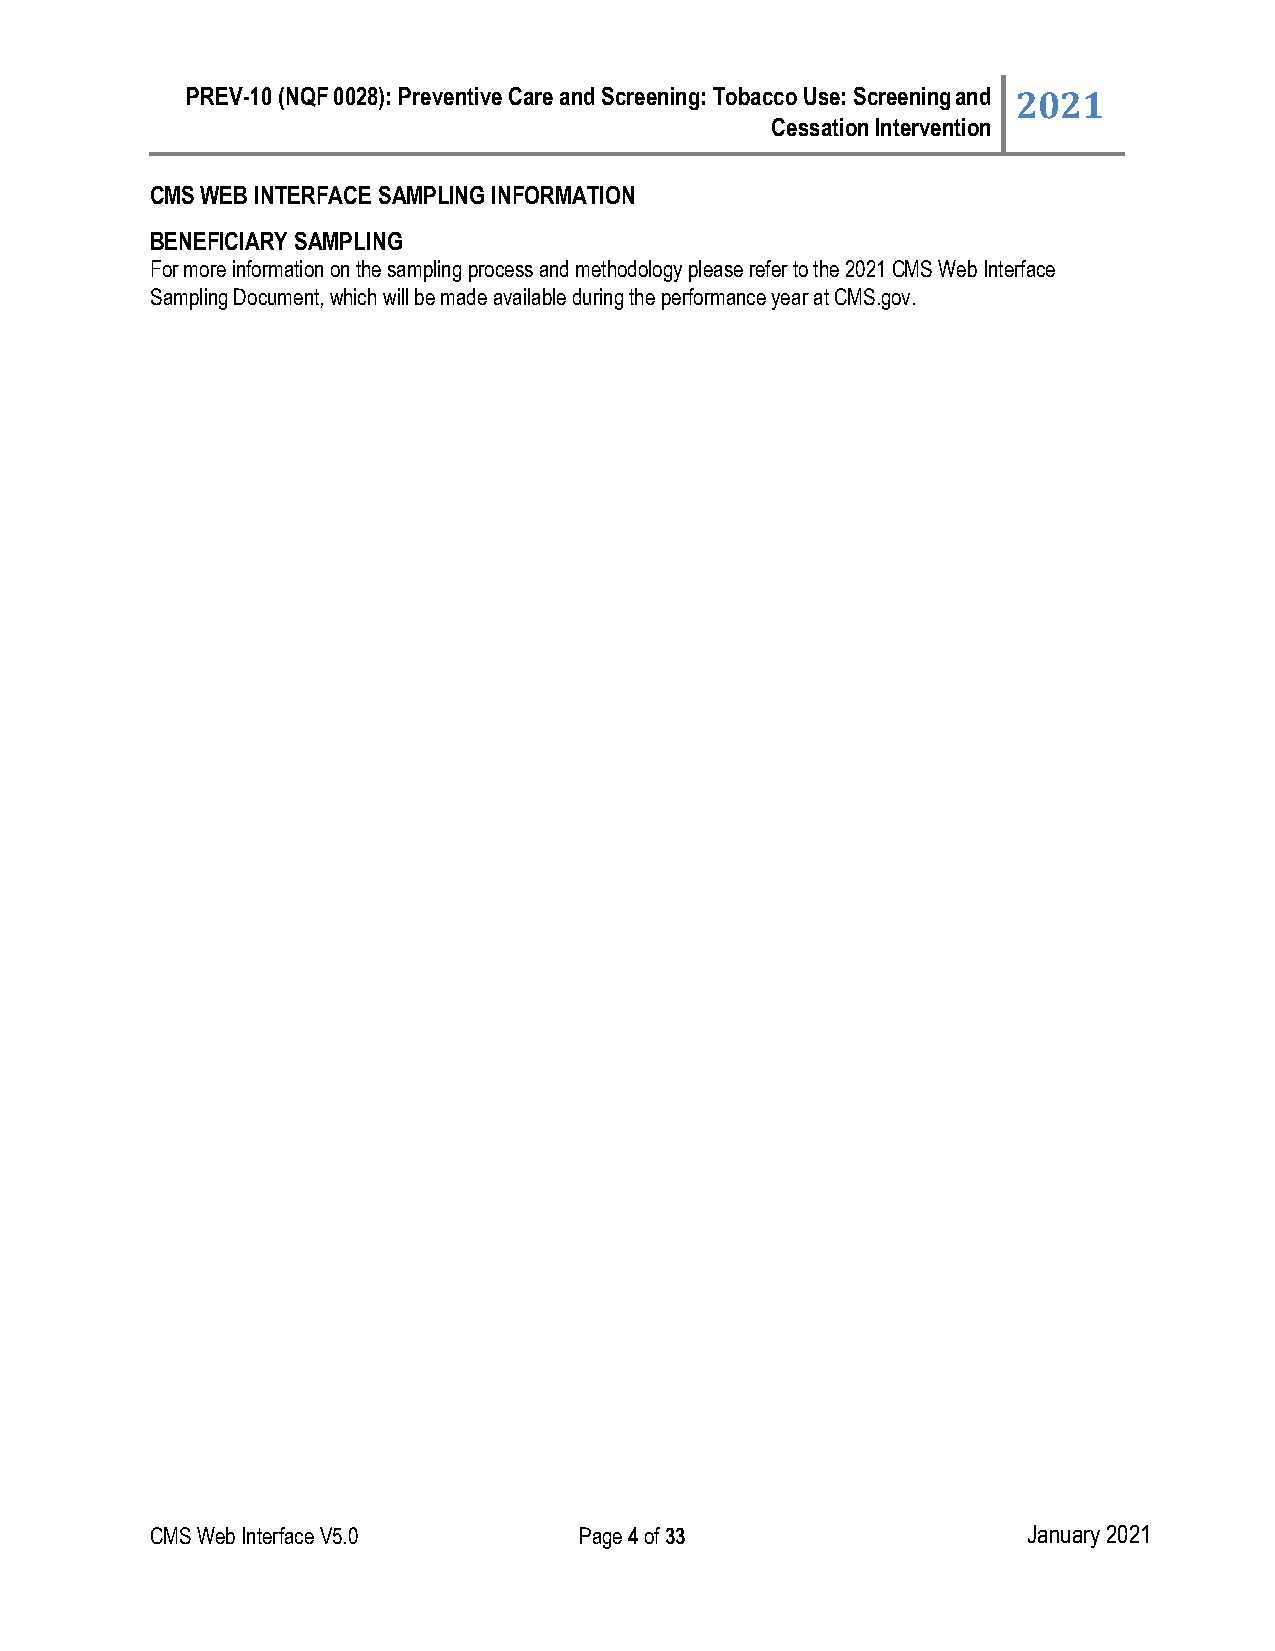
PREV-10 (NQF 0028): Preventive Care and Screening: Tobacco Use: Screening and 2021
 Cessation Intervention
 CMS WEB INTERFACE SAMPLING INFORMATION
 BENEFICIARY SAMPLING
 For more information on the sampling process and methodology please refer to the 2021 CMS Web Interface
 Sampling Document, which will be made available during the performance year at CMS.gov.
 CMS Web Interface V5.0      Page 4 of 33                  January 2021